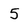
Character: 5